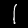
Digit: 1